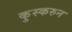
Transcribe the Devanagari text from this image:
कुस्करुन